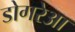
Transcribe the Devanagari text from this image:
डोगरेआ